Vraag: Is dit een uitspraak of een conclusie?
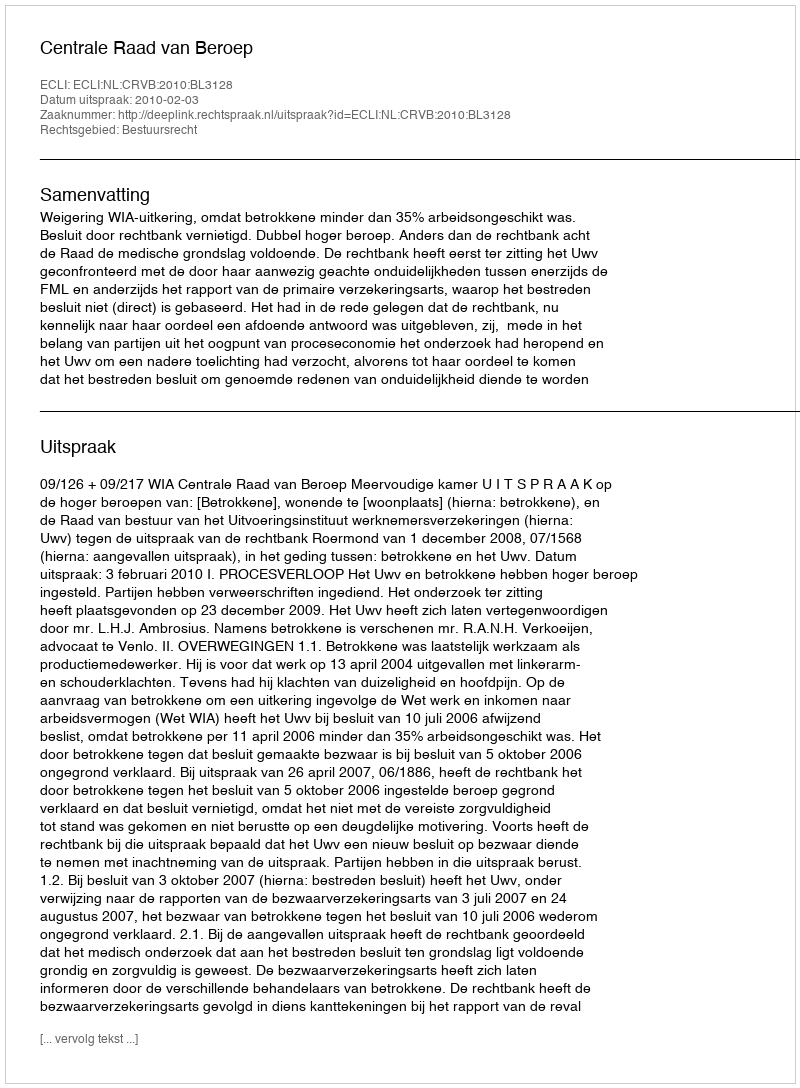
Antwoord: Uitspraak